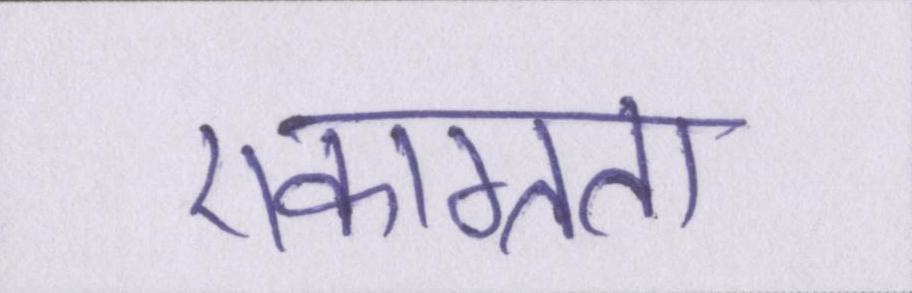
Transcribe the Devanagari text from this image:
एकाग्रता